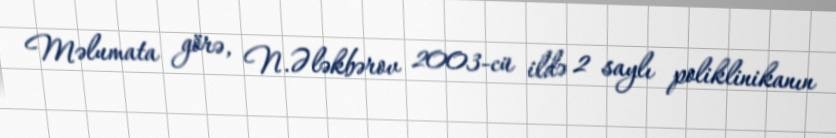
Məlumata görə, N.Ələkbərov 2003-cü ildə 2 saylı poliklinikanın